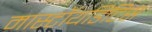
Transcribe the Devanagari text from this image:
मास्टॉयडिटिस